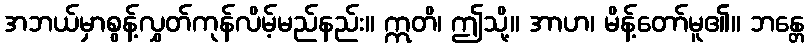
အဘယ်မှာစွန့်လွှတ်ကုန်လိမ့်မည်နည်း။ ဣတိ၊ ဤသို့။ အာဟ၊ မိန့်တော်မူ၏။ ဘန္တေ